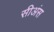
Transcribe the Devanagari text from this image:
सीअंस